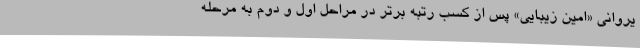
یروانی «امین زیبایی» پس از کسب رتبه برتر در مراحل اول و دوم به مرحله